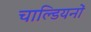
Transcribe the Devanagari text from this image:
चाल्डियनों